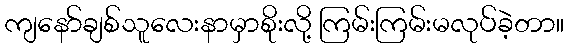
ကျနော်ချစ်သူလေးနာမှာစိုးလို့ ကြမ်းကြမ်းမလုပ်ခဲ့တာ။